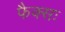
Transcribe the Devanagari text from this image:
फैक्सः